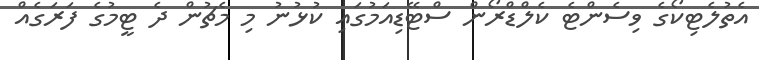
އެތުލެޓިކޯގެ ވިސެންޓެ ކެލްޑްރޯން ސްޓޭޑިއަމުގައި ކުޅުނު މި މެޗުން ދެ ޓީމުގެ ފަރަގެއް